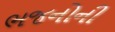
ભજનોની